Report of the Indian Hemp Drugs Commission, 1894-1895 - Volume I
Year: 1894
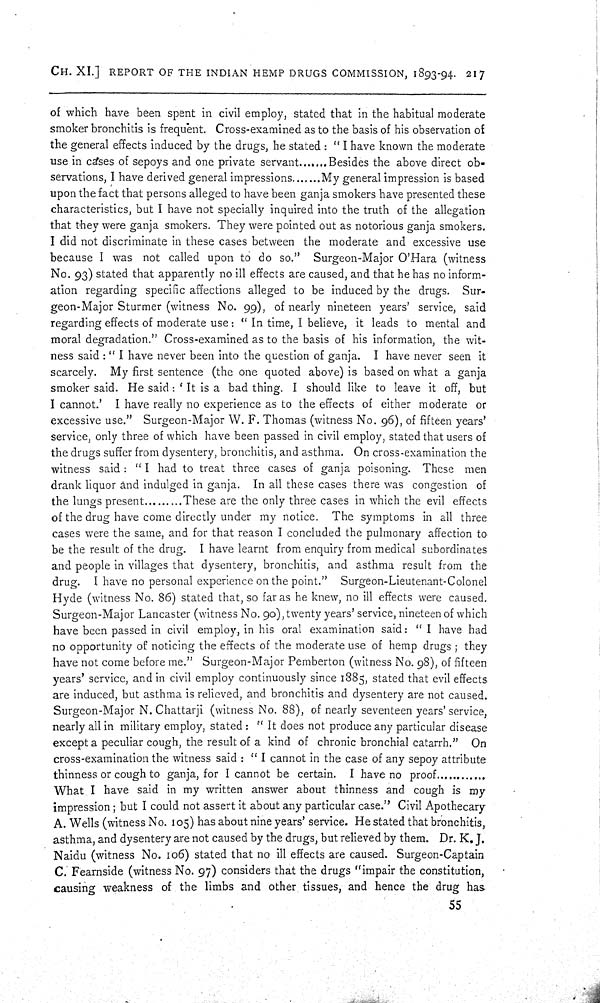
CH. XI.] REPORT OF THE INDIAN HEMP DRUGS COMMISSION, 1893-94. 217
of which have been spent in civil employ, stated that in the habitual moderate
smoker bronchitis is frequent. Cross-examined as to the basis of his observation of
the general effects induced by the drugs, he stated: "I have known the moderate
use in cases of sepoys and one private servant
Besides the above direct ob-
servations, I have derived general impressions
My general impression is based
upon the fact that persons alleged to have been ganja smokers have presented these
characteristics, but I have not specially inquired into the truth of the allegation
that they were ganja smokers. They were pointed out as notorious ganja smokers.
I did not discriminate in these cases between the moderate and excessive use
because I was not called upon to do so." Surgeon-Major O'Hara (witness
No. 93) stated that apparently no ill effects are caused, and that he has no inform-
ation regarding specific affections alleged to be induced by the drugs. Sur-
geon-Major Sturmer (witness No. 99), of nearly nineteen years' service, said
regarding effects of moderate use: "In time, I believe, it leads to mental and
moral degradation." Cross-examined as to the basis of his information, the wit-
ness said: "I have never been into the question of ganja. I have never seen it
scarcely. My first sentence (the one quoted above) is based on what a ganja
smoker said. He said: 'It is a bad thing. I should like to leave it off, but
I cannot.' I have really no experience as to the effects of either moderate or
excessive use." Surgeon-Major W. F. Thomas (witness No. 96), of fifteen years'
service, only three of which have been passed in civil employ, stated that users of
the drugs suffer from dysentery, bronchitis, and asthma. On cross-examination the
witness said: "I had to treat three cases of ganja poisoning. These men
drank liquor and indulged in ganja. In all these cases there was congestion of
the lungs present
These are the only three cases in which the evil effects
of the drug have come directly under my notice. The symptoms in all three
cases were the same, and for that reason I concluded the pulmonary affection to
be the result of the drug. I have learnt from enquiry from medical subordinates
and people in villages that dysentery, bronchitis, and asthma result from the
drug. I have no personal experience on the point." Surgeon-Lieutenant-Colonel
Hyde (witness No. 86) stated that, so far as he knew, no ill effects were caused.
Surgeon-Major Lancaster (witness No. 90), twenty years' service, nineteen of which
have been passed in civil employ, in his oral examination said: "I have had
no opportunity of noticing the effects of the moderate use of hemp drugs; they
have not come before me." Surgeon-Major Pemberton (witness No. 98), of fifteen
years' service, and in civil employ continuously since 1885, stated that evil effects
are induced, but asthma is relieved, and bronchitis and dysentery are not caused.
Surgeon-Major N. Chattarji (witness No. 88), of nearly seventeen years' service,
nearly all in military employ, stated: "It does not produce any particular disease
except a peculiar cough, the result of a kind of chronic bronchial catarrh." On
cross-examination the witness said: "I cannot in the case of any sepoy attribute
thinness or cough to ganja, for I cannot be certain. I have no proof
What I have said in my written answer about thinness and cough is my
impression; but I could not assert it about any particular case." Civil Apothecary
A. Wells (witness No. 105) has about nine years' service. He stated that bronchitis,
asthma, and dysentery are not caused by the drugs, but relieved by them. Dr. K. J.
Naidu (witness No. 106) stated that no ill effects are caused. Surgeon-Captain
C. Fearnside (witness No. 97) considers that the drugs "impair the constitution,
causing weakness of the limbs and other tissues, and hence the drug has
55